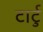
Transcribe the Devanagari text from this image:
टार्टु